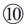
⑩